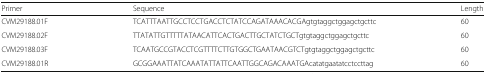
<table><thead><tr><td><b>Primer</b></td><td><b>Sequence</b></td><td><b>Length</b></td></tr></thead><tbody><tr><td>CVM29188.01F</td><td>TCATTTAATTGCCTCCTGACCTCTATCCAGATAAACACGAgtgtaggctggagctgcttc</td><td>60</td></tr><tr><td>CVM29188.02F</td><td>TTATATTGTTTTTATAACATTCACTGACTTGCTATCTGCTgtgtaggctggagctgcttc</td><td>60</td></tr><tr><td>CVM29188.03F</td><td>TCAATGCCGTACCTCGTTTTCTTGTGGCTGAATAACGTCTgtgtaggctggagctgcttc</td><td>60</td></tr><tr><td>CVM29188.01R</td><td>GCGGAAATTATCAAATATTATTCAATTGGCAGACAAATGAcatatgaatatcctccttag</td><td>60</td></tr></tbody></table>